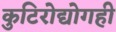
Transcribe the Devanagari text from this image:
कुटिरोद्योगही